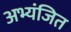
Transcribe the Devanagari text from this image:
अभ्यंजित